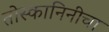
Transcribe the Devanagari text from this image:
तोस्कानिनीचा